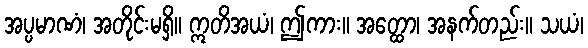
အပ္ပမာဏံ၊ အတိုင်းမရှိ။ ဣတိအယံ၊ ဤကား။ အတ္ထော၊ အနက်တည်း။ သယံ၊